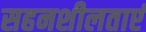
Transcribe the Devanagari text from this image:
सहनशीलताएं